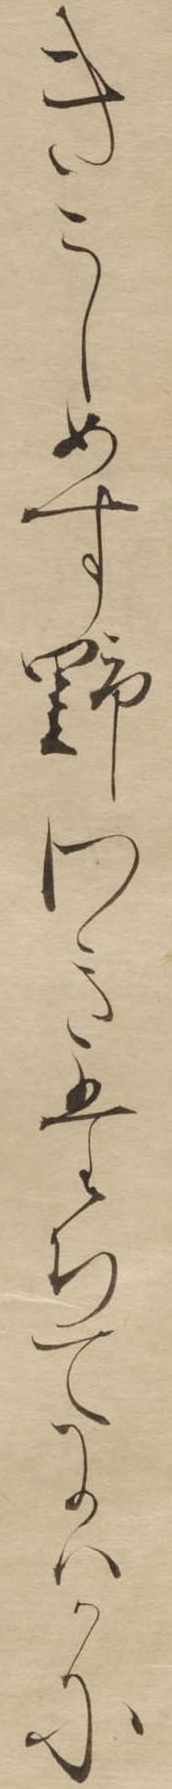
きこしめす野わきたちてにはかに